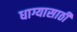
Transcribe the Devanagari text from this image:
धाग्यासाठी